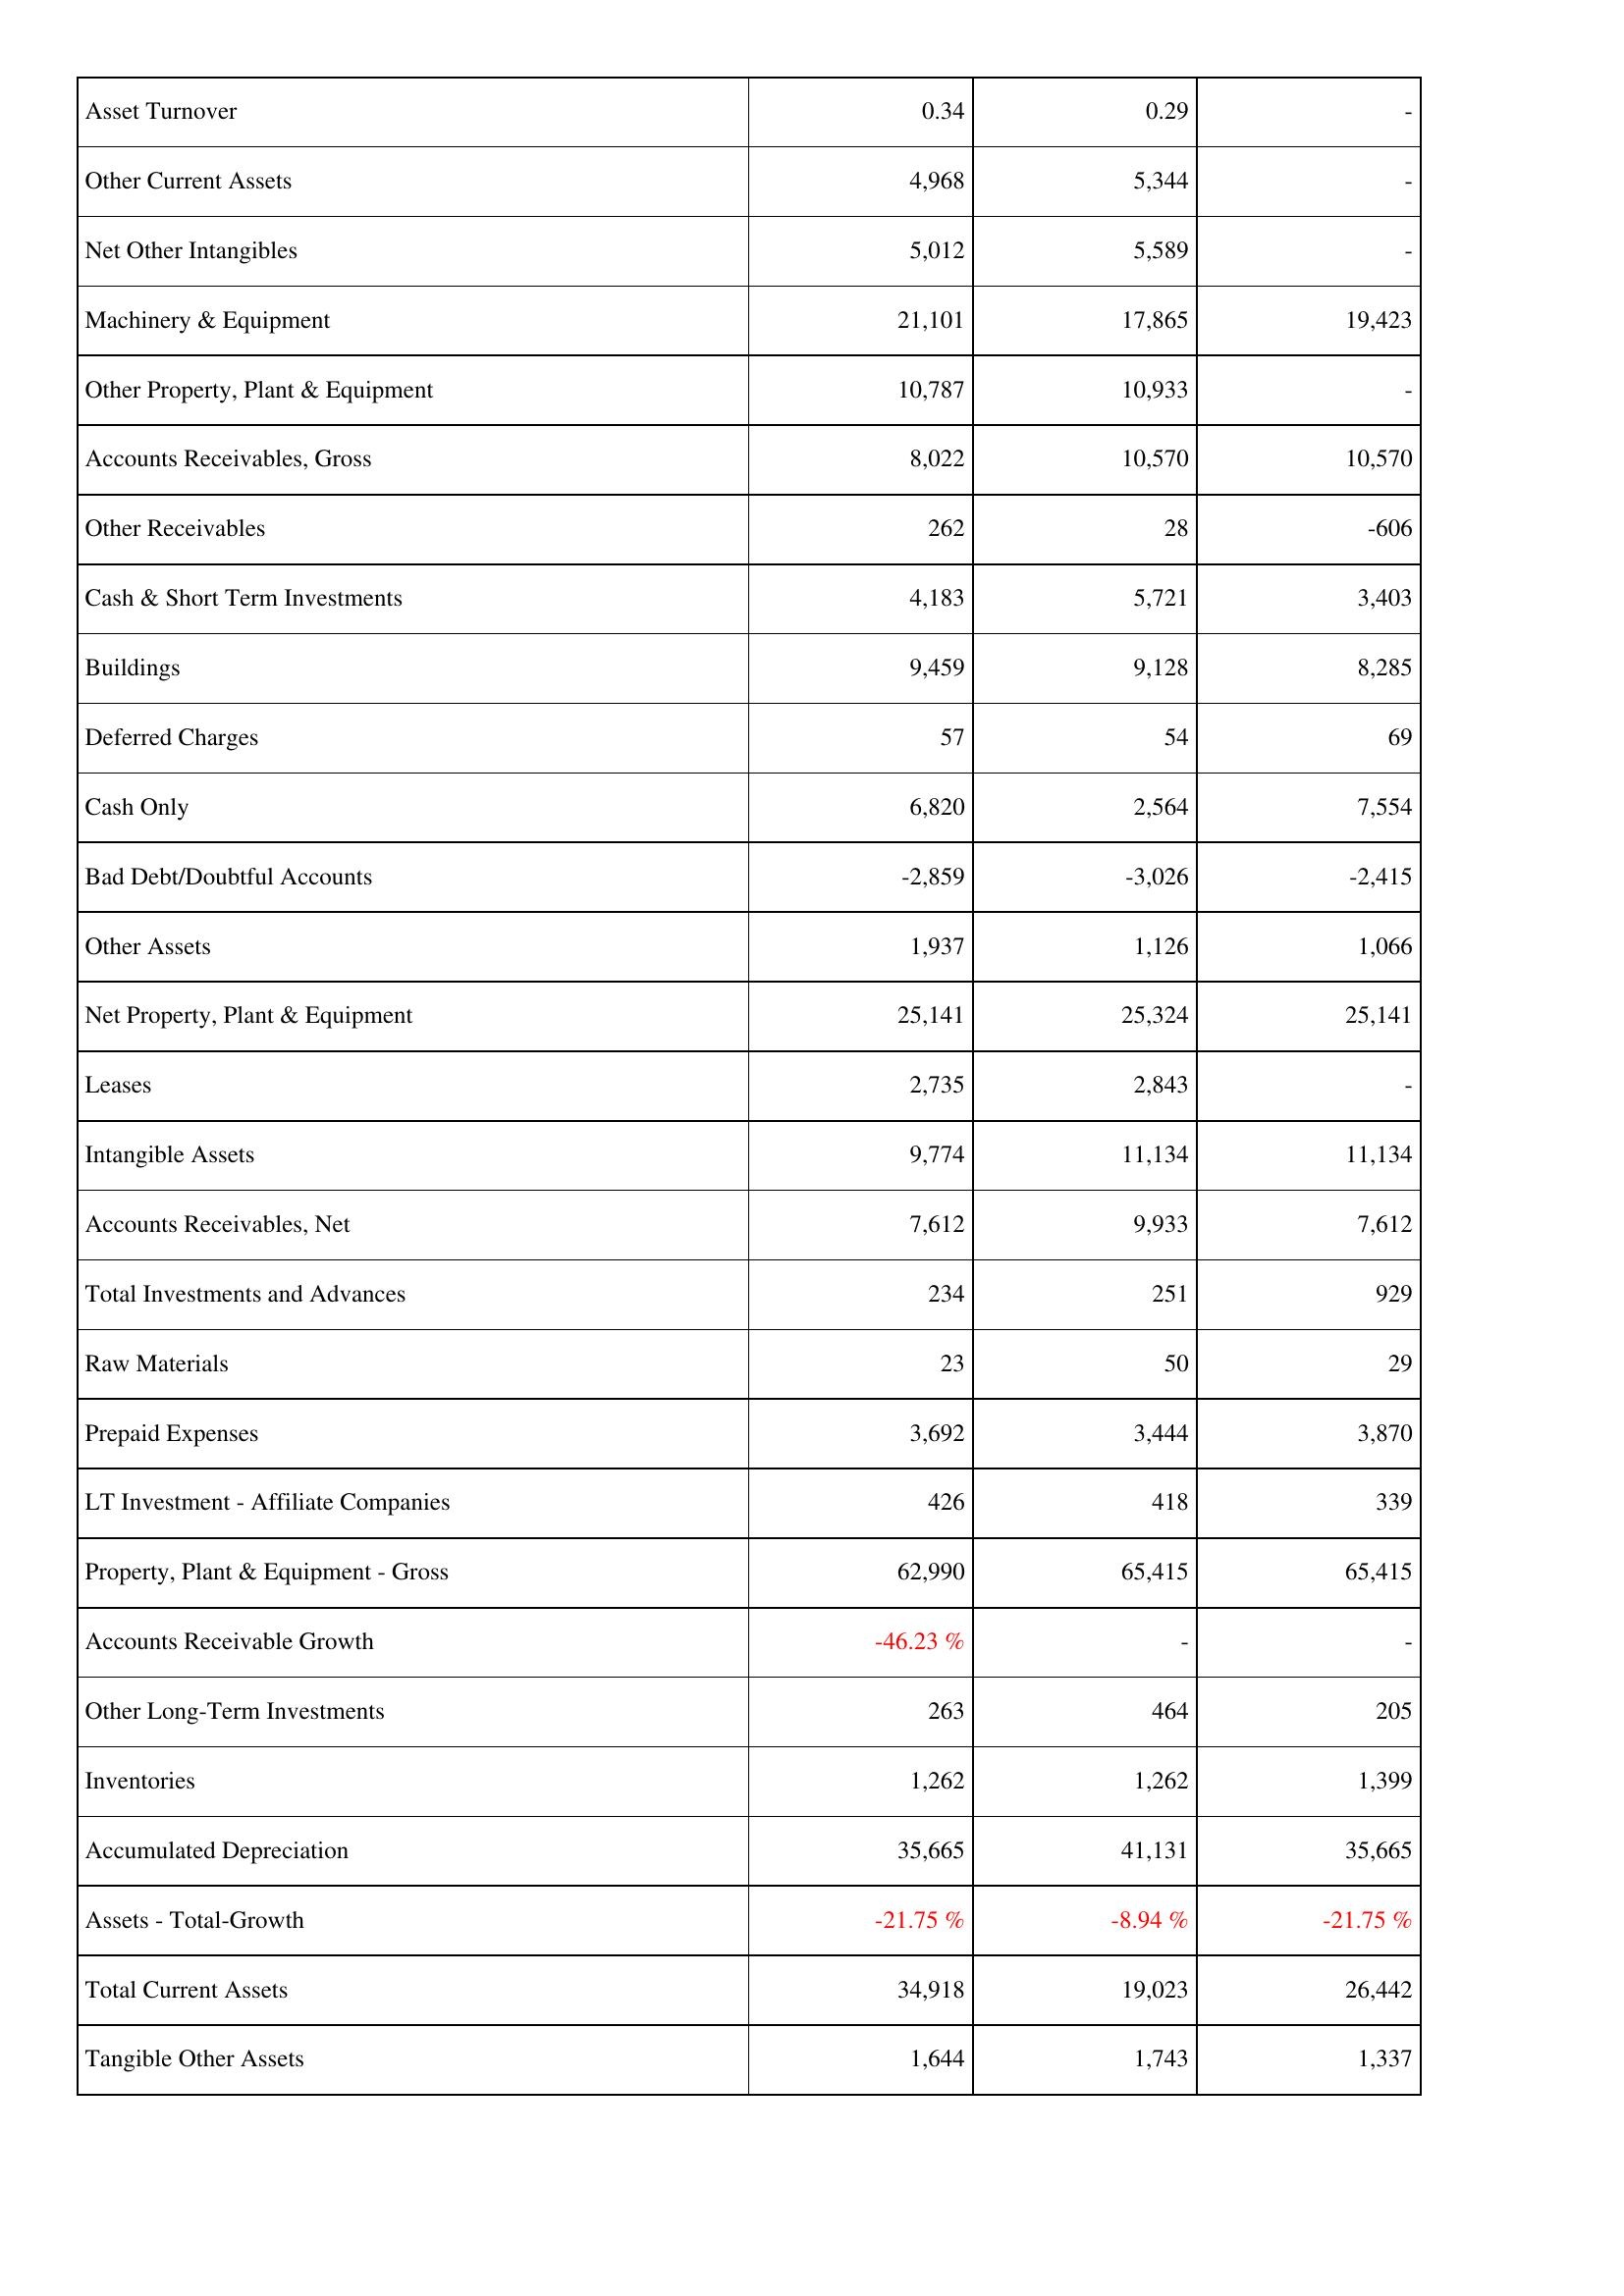
2016: Assets: Asset Turnover: 0.34
Other Current Assets: 4,968
Net Other Intangibles: 5,012
Machinery & Equipment: 21,101
Other Property, Plant & Equipment: 10,787
Accounts Receivables, Gross: 8,022
Other Receivables: 262
Cash & Short Term Investments: 4,183
Buildings: 9,459
Deferred Charges: 57
Cash Only: 6,820
Bad Debt/Doubtful Accounts: -2,859
Other Assets: 1,937
Net Property, Plant & Equipment: 25,141
Leases: 2,735
Intangible Assets: 9,774
Accounts Receivables, Net: 7,612
Total Investments and Advances: 234
Raw Materials: 23
Prepaid Expenses: 3,692
LT Investment - Affiliate Companies: 426
Property, Plant & Equipment - Gross: 62,990
Accounts Receivable Growth: -46.23 %
Other Long-Term Investments: 263
Inventories: 1,262
Accumulated Depreciation: 35,665
Assets - Total-Growth: -21.75 %
Total Current Assets: 34,918
Tangible Other Assets: 1,644
2017: Assets: Asset Turnover: 0.29
Other Current Assets: 5,344
Net Other Intangibles: 5,589
Machinery & Equipment: 17,865
Other Property, Plant & Equipment: 10,933
Accounts Receivables, Gross: 10,570
Other Receivables: 28
Cash & Short Term Investments: 5,721
Buildings: 9,128
Deferred Charges: 54
Cash Only: 2,564
Bad Debt/Doubtful Accounts: -3,026
Other Assets: 1,126
Net Property, Plant & Equipment: 25,324
Leases: 2,843
Intangible Assets: 11,134
Accounts Receivables, Net: 9,933
Total Investments and Advances: 251
Raw Materials: 50
Prepaid Expenses: 3,444
LT Investment - Affiliate Companies: 418
Property, Plant & Equipment - Gross: 65,415
Accounts Receivable Growth: -
Other Long-Term Investments: 464
Inventories: 1,262
Accumulated Depreciation: 41,131
Assets - Total-Growth: -8.94 %
Total Current Assets: 19,023
Tangible Other Assets: 1,743
2018: Assets: Asset Turnover: -
Other Current Assets: -
Net Other Intangibles: -
Machinery & Equipment: 19,423
Other Property, Plant & Equipment: -
Accounts Receivables, Gross: 10,570
Other Receivables: -606
Cash & Short Term Investments: 3,403
Buildings: 8,285
Deferred Charges: 69
Cash Only: 7,554
Bad Debt/Doubtful Accounts: -2,415
Other Assets: 1,066
Net Property, Plant & Equipment: 25,141
Leases: -
Intangible Assets: 11,134
Accounts Receivables, Net: 7,612
Total Investments and Advances: 929
Raw Materials: 29
Prepaid Expenses: 3,870
LT Investment - Affiliate Companies: 339
Property, Plant & Equipment - Gross: 65,415
Accounts Receivable Growth: -
Other Long-Term Investments: 205
Inventories: 1,399
Accumulated Depreciation: 35,665
Assets - Total-Growth: -21.75 %
Total Current Assets: 26,442
Tangible Other Assets: 1,337